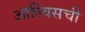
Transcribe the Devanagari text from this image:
आल्विसची